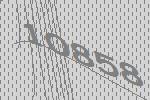
10858